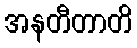
အနတီတာတိ